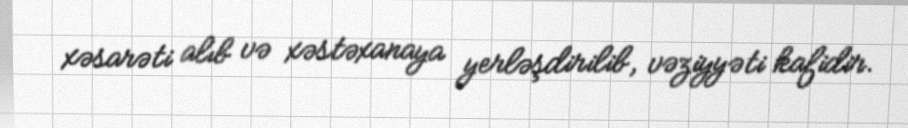
xəsarəti alıb və xəstəxanaya yerləşdirilib, vəziyyəti kafidir.